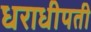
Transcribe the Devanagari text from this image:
धराधीपती